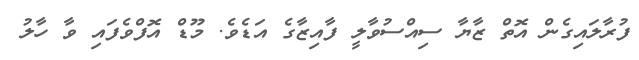
ފުރާލައިގެން އޮތް ޒާޔާ ސިއްސުވާލީ ފާއިޒާގެ އަޑެވެ. މޫޑް އޮފްވެފައި ވާ ހާލު